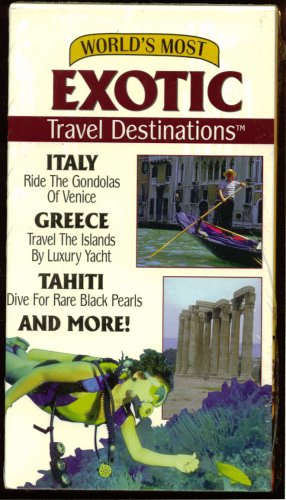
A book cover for World's Most Exotic Travel Destinations Vol. 1: Italy, Greece, Tahiti And More!; Publishers Choice Video; Travel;